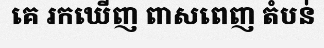
គេ រកឃើញ ពាសពេញ តំបន់